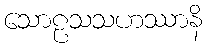
သောဠသသဟဿာနိ